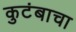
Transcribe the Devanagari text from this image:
कुटंबाचा